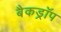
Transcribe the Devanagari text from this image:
बैकड्राॅप